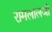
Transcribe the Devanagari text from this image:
रामलालजी